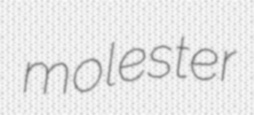
molester